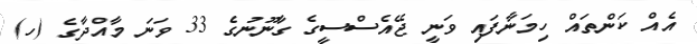
އެއް ކަންތައް ހިމަނާފައި ވަނީ ޖޭއެސްސީގެ ގާނޫނުގެ 33 ވަނަ މާއްދާގެ (ހ)